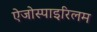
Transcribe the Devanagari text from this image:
ऐजोस्पाइरिलम